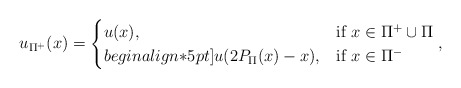
\begin{align*}u_{\Pi^+}(x) = \begin{cases}u(x), & \mbox{if $x\in\Pi^+\cup\Pi$}\\begin{align*}5pt]u(2P_{\Pi}(x)-x), & \mbox{if $x\in\Pi^-$}\end{cases},\end{align*}